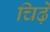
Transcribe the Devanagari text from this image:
चिढ़े